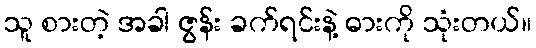
သူ စားတဲ့ အခါ ဇွန်း ခက်ရင်းနဲ့ ဓားကို သုံးတယ်။